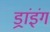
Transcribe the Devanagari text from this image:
ड्रांइंग